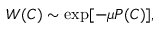
W ( C ) \sim \exp [ - \mu P ( C ) ] ,